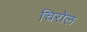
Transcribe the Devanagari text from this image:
चिरोल